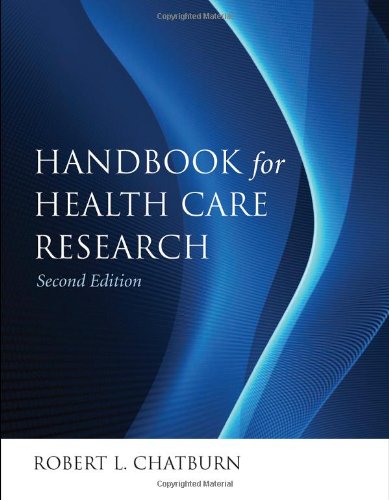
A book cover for Handbook For Health Care Research; Robert L. Chatburn; Medical Books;